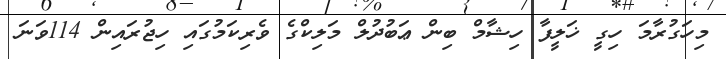
މިހަގުރާމަ ހިގީ ޚަލީފާ ހިޝާމް ބިން ޢަބުދުލް މަލިކްގެ ވެރިކަމުގައި ހިޖުރައިން 114ވަނަ